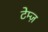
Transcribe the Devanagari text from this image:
टेम्ज़